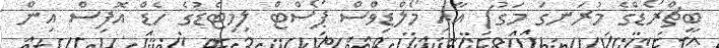
ބީޗްރޯޑްގެ މުރަނގަ މަގު) އާއި މޯލްޑިވްސް ޕޯސްޓް ލިމިޓެޑުގެ ހެޑް އޮފިސް އިން